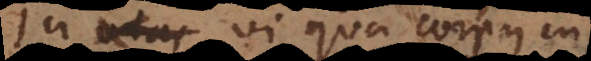
In vi qua corpus